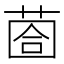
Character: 𦳬